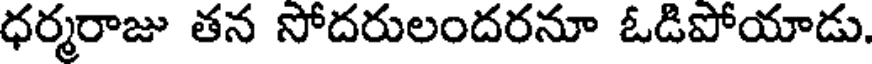
ధర్మరాజు తన సోదరులందరనూ ఓడిపోయాడు.